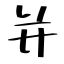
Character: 并